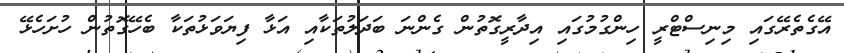
އޭގެތެރޭގައި މިނިސްޓްރީ ހިންގުމުގައި އިދާރީގޮތުން ގެންނަ ބަދަލުތަކާއި އަޅާ ފިޔަވަޅުތަކާ ބެހޭގޮތުން ހުށަހެޅޭ